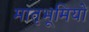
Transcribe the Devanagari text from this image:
मातृभूमियों